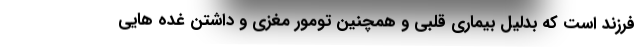
فرزند است که بدلیل بیماری قلبی و همچنین تومور مغزی و داشتن غده هايي